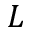
L